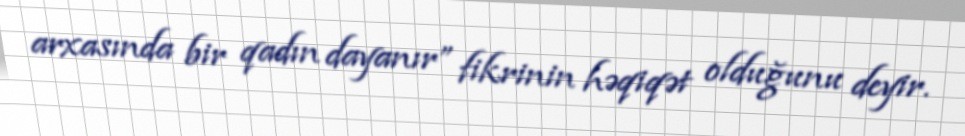
arxasında bir qadın dayanır” fikrinin həqiqət olduğunu deyir.